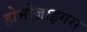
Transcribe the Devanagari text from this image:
होमोज़ाइगस